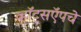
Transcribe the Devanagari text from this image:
व्हॉट्सऍपचे